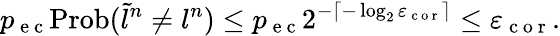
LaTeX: p_{\mathrm{~e~c~}}\mathrm{Prob}(\tilde{l}^{n}\neq l^{n})\leq p_{\mathrm{~e~c~}}2^{-\left\lceil-\log_{2}\varepsilon_{\mathrm{~c~o~r~}}\right\rceil}\leq\varepsilon_{\mathrm{~c~o~r~}}.